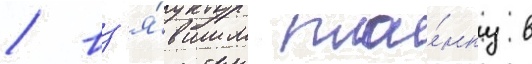
/ вз'я́вшим пла́нку в